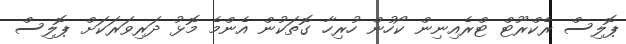
ޕޮލިސް ރެކްރޫޓް ޓްރެއިނިން ކޯހުން ހުރިހާ ގޮތަކުން އެންމެ މޮޅު ދަރިވަރަކަށް ޕޮލިސް